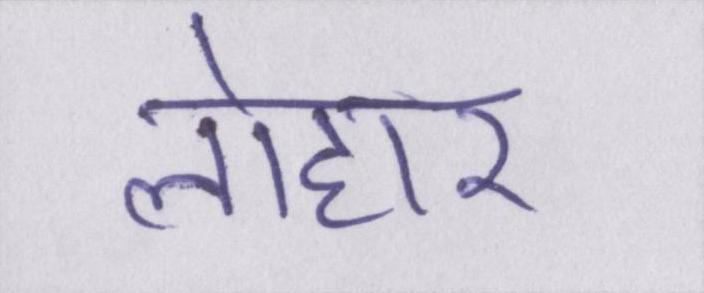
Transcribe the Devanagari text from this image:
लोहार